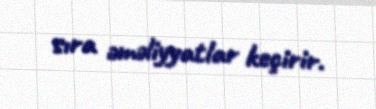
sıra əməliyyatlar keçirir.